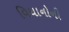
વિધાનોની